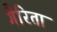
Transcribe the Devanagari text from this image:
गैरिता